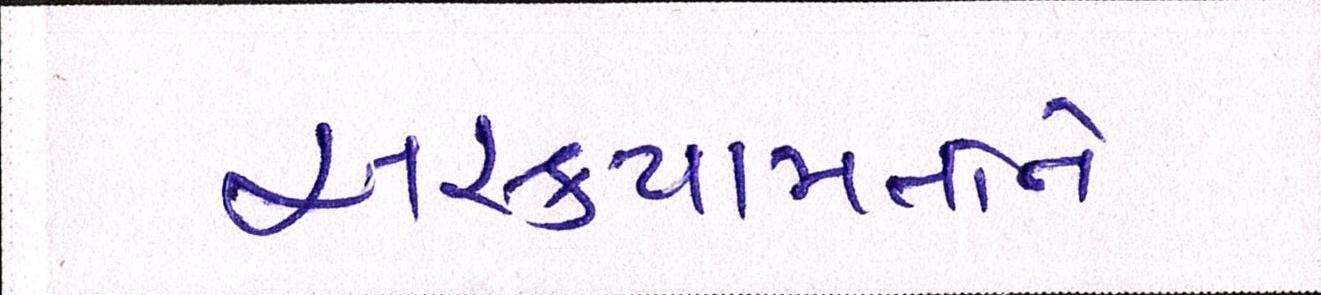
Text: અસ્કયામતોને